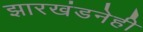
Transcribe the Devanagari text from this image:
झारखंडनेही